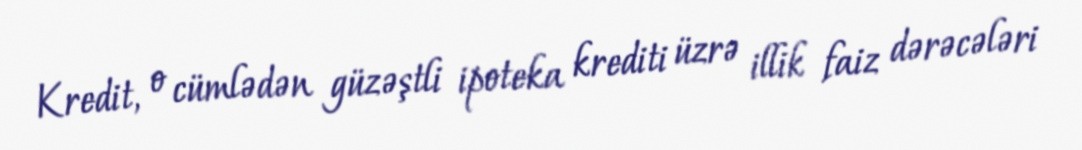
Kredit, o cümlədən güzəştli ipoteka krediti üzrə illik faiz dərəcələri